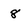
Character: 8